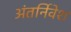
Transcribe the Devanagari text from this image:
अंतर्निवेश